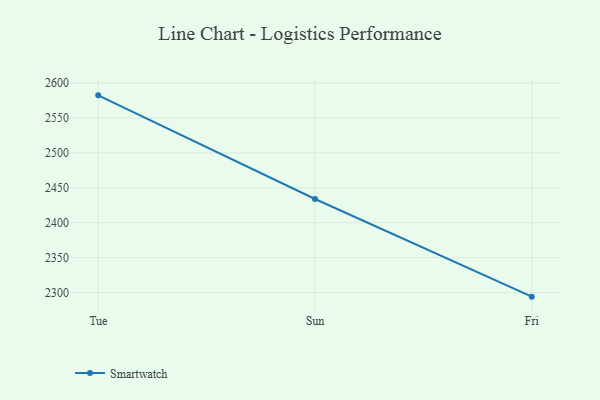
{"axis": {"x": "Day", "y": "Website Visitors"}, "legend": ["Smartwatch"], "data": [{"x": "Tue", "y": 2582.5, "type": "Smartwatch"}, {"x": "Sun", "y": 2434.0, "type": "Smartwatch"}, {"x": "Fri", "y": 2294.1, "type": "Smartwatch"}]}